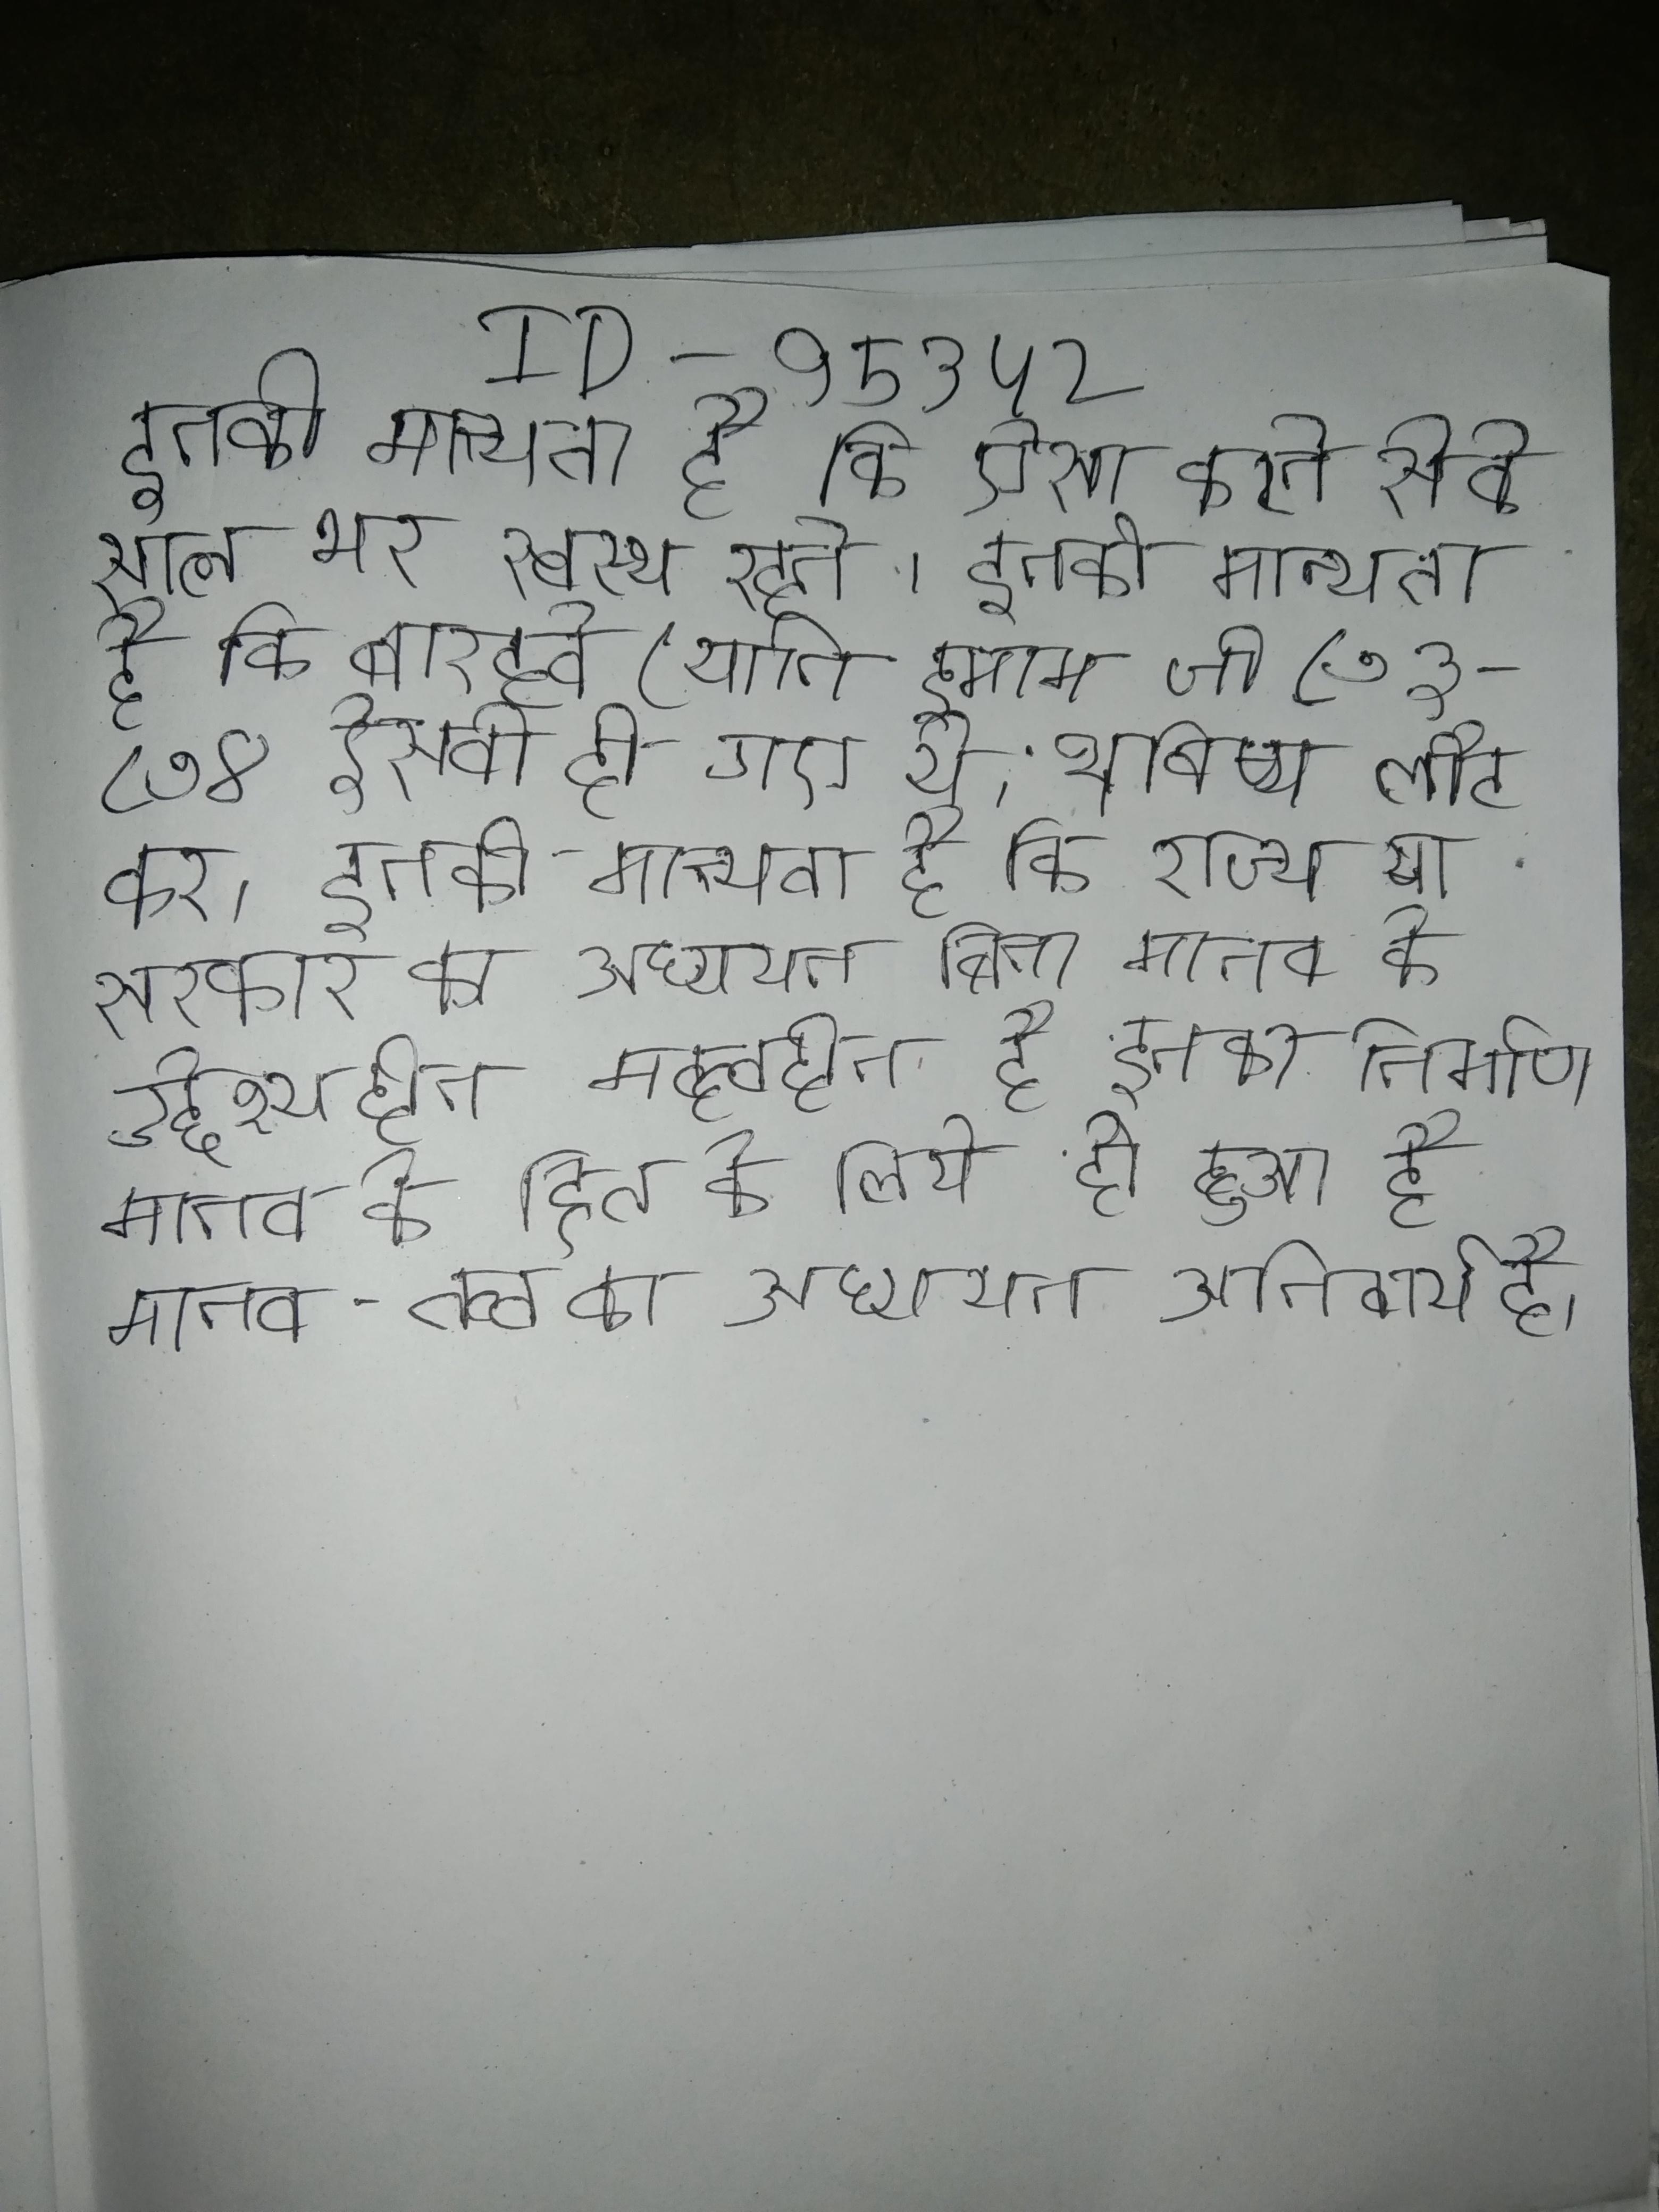
इनकी मान्यता है कि ऐसा करने से वे साल भर स्वस्थ रहते । इनकी मान्यता है कि बारहवे (यानि इमाम जो ८७३-८७४ ईसवी हो गए थे, भविष्य लौट कर । इनकी मान्यता है कि राज्य या सरकार का अध्ययन बिना मानव के उद्देश्यहीन महत्वहीन है इनका निर्माण मानव के हित के लिये ही हुआ है मानव-तत्व का अध्ययन अनिवार्य है ।